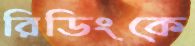
রিডিংকে